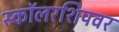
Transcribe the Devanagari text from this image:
स्कॉलरशिपवर